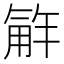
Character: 𮗮